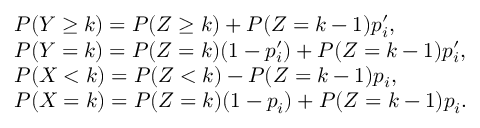
\begin{array} { r l } & { P ( Y \geq k ) = P ( Z \geq k ) + P ( Z = k - 1 ) p _ { i } ^ { \prime } , } \\ & { P ( Y = k ) = P ( Z = k ) ( 1 - p _ { i } ^ { \prime } ) + P ( Z = k - 1 ) p _ { i } ^ { \prime } , } \\ & { P ( X < k ) = P ( Z < k ) - P ( Z = k - 1 ) p _ { i } , } \\ & { P ( X = k ) = P ( Z = k ) ( 1 - p _ { i } ) + P ( Z = k - 1 ) p _ { i } . } \end{array}